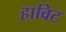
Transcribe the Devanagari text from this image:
हाविट